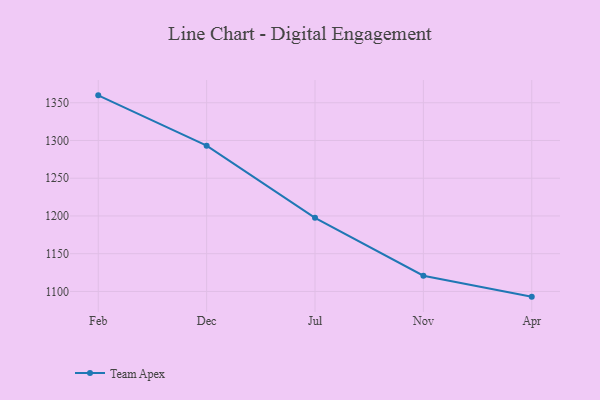
{"axis": {"x": "Month", "y": "LTV (USD)"}, "legend": ["Team Apex"], "data": [{"x": "Feb", "y": 1359.8, "type": "Team Apex"}, {"x": "Dec", "y": 1293.1, "type": "Team Apex"}, {"x": "Jul", "y": 1197.5, "type": "Team Apex"}, {"x": "Nov", "y": 1120.8, "type": "Team Apex"}, {"x": "Apr", "y": 1093.1, "type": "Team Apex"}]}